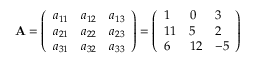
\mathbf { A } = { \left( \begin{array} { l l l } { a _ { 1 1 } } & { a _ { 1 2 } } & { a _ { 1 3 } } \\ { a _ { 2 1 } } & { a _ { 2 2 } } & { a _ { 2 3 } } \\ { a _ { 3 1 } } & { a _ { 3 2 } } & { a _ { 3 3 } } \end{array} \right) } = { \left( \begin{array} { l l l } { 1 } & { 0 } & { 3 } \\ { 1 1 } & { 5 } & { 2 } \\ { 6 } & { 1 2 } & { - 5 } \end{array} \right) }